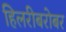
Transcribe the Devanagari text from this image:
हिलरीबरोबर